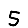
Digit: 5